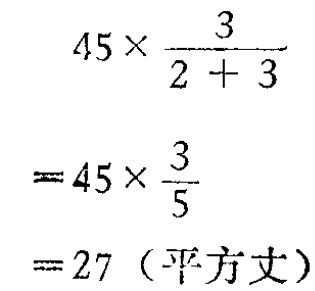
\[

\begin{align*}

&45\times\frac{3}{2 + 3}\\

=&45\times\frac{3}{5}\\

=&27 \text{（平方丈）}

\end{align*}

\]